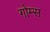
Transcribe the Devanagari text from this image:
गोम्‍स